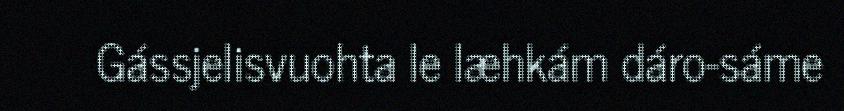
Gássjelisvuohta le læhkám dáro-sáme